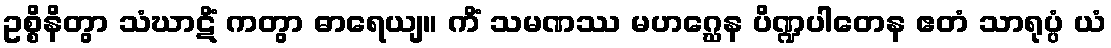
ဥစ္စိနိတွာ သံဃာဋိံ ကတွာ ဓာရေယျ။ ကိံ သမဏဿ မဟဂ္ဃေန ပိဏ္ဍပါတေန ဧတံ သာရုပ္ပံ ယံ